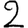
Digit: 2